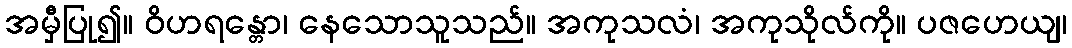
အမှီပြု၍။ ဝိဟရန္တော၊ နေသောသူသည်။ အကုသလံ၊ အကုသိုလ်ကို။ ပဇဟေယျ၊